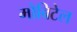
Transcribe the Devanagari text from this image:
मोबिटेल